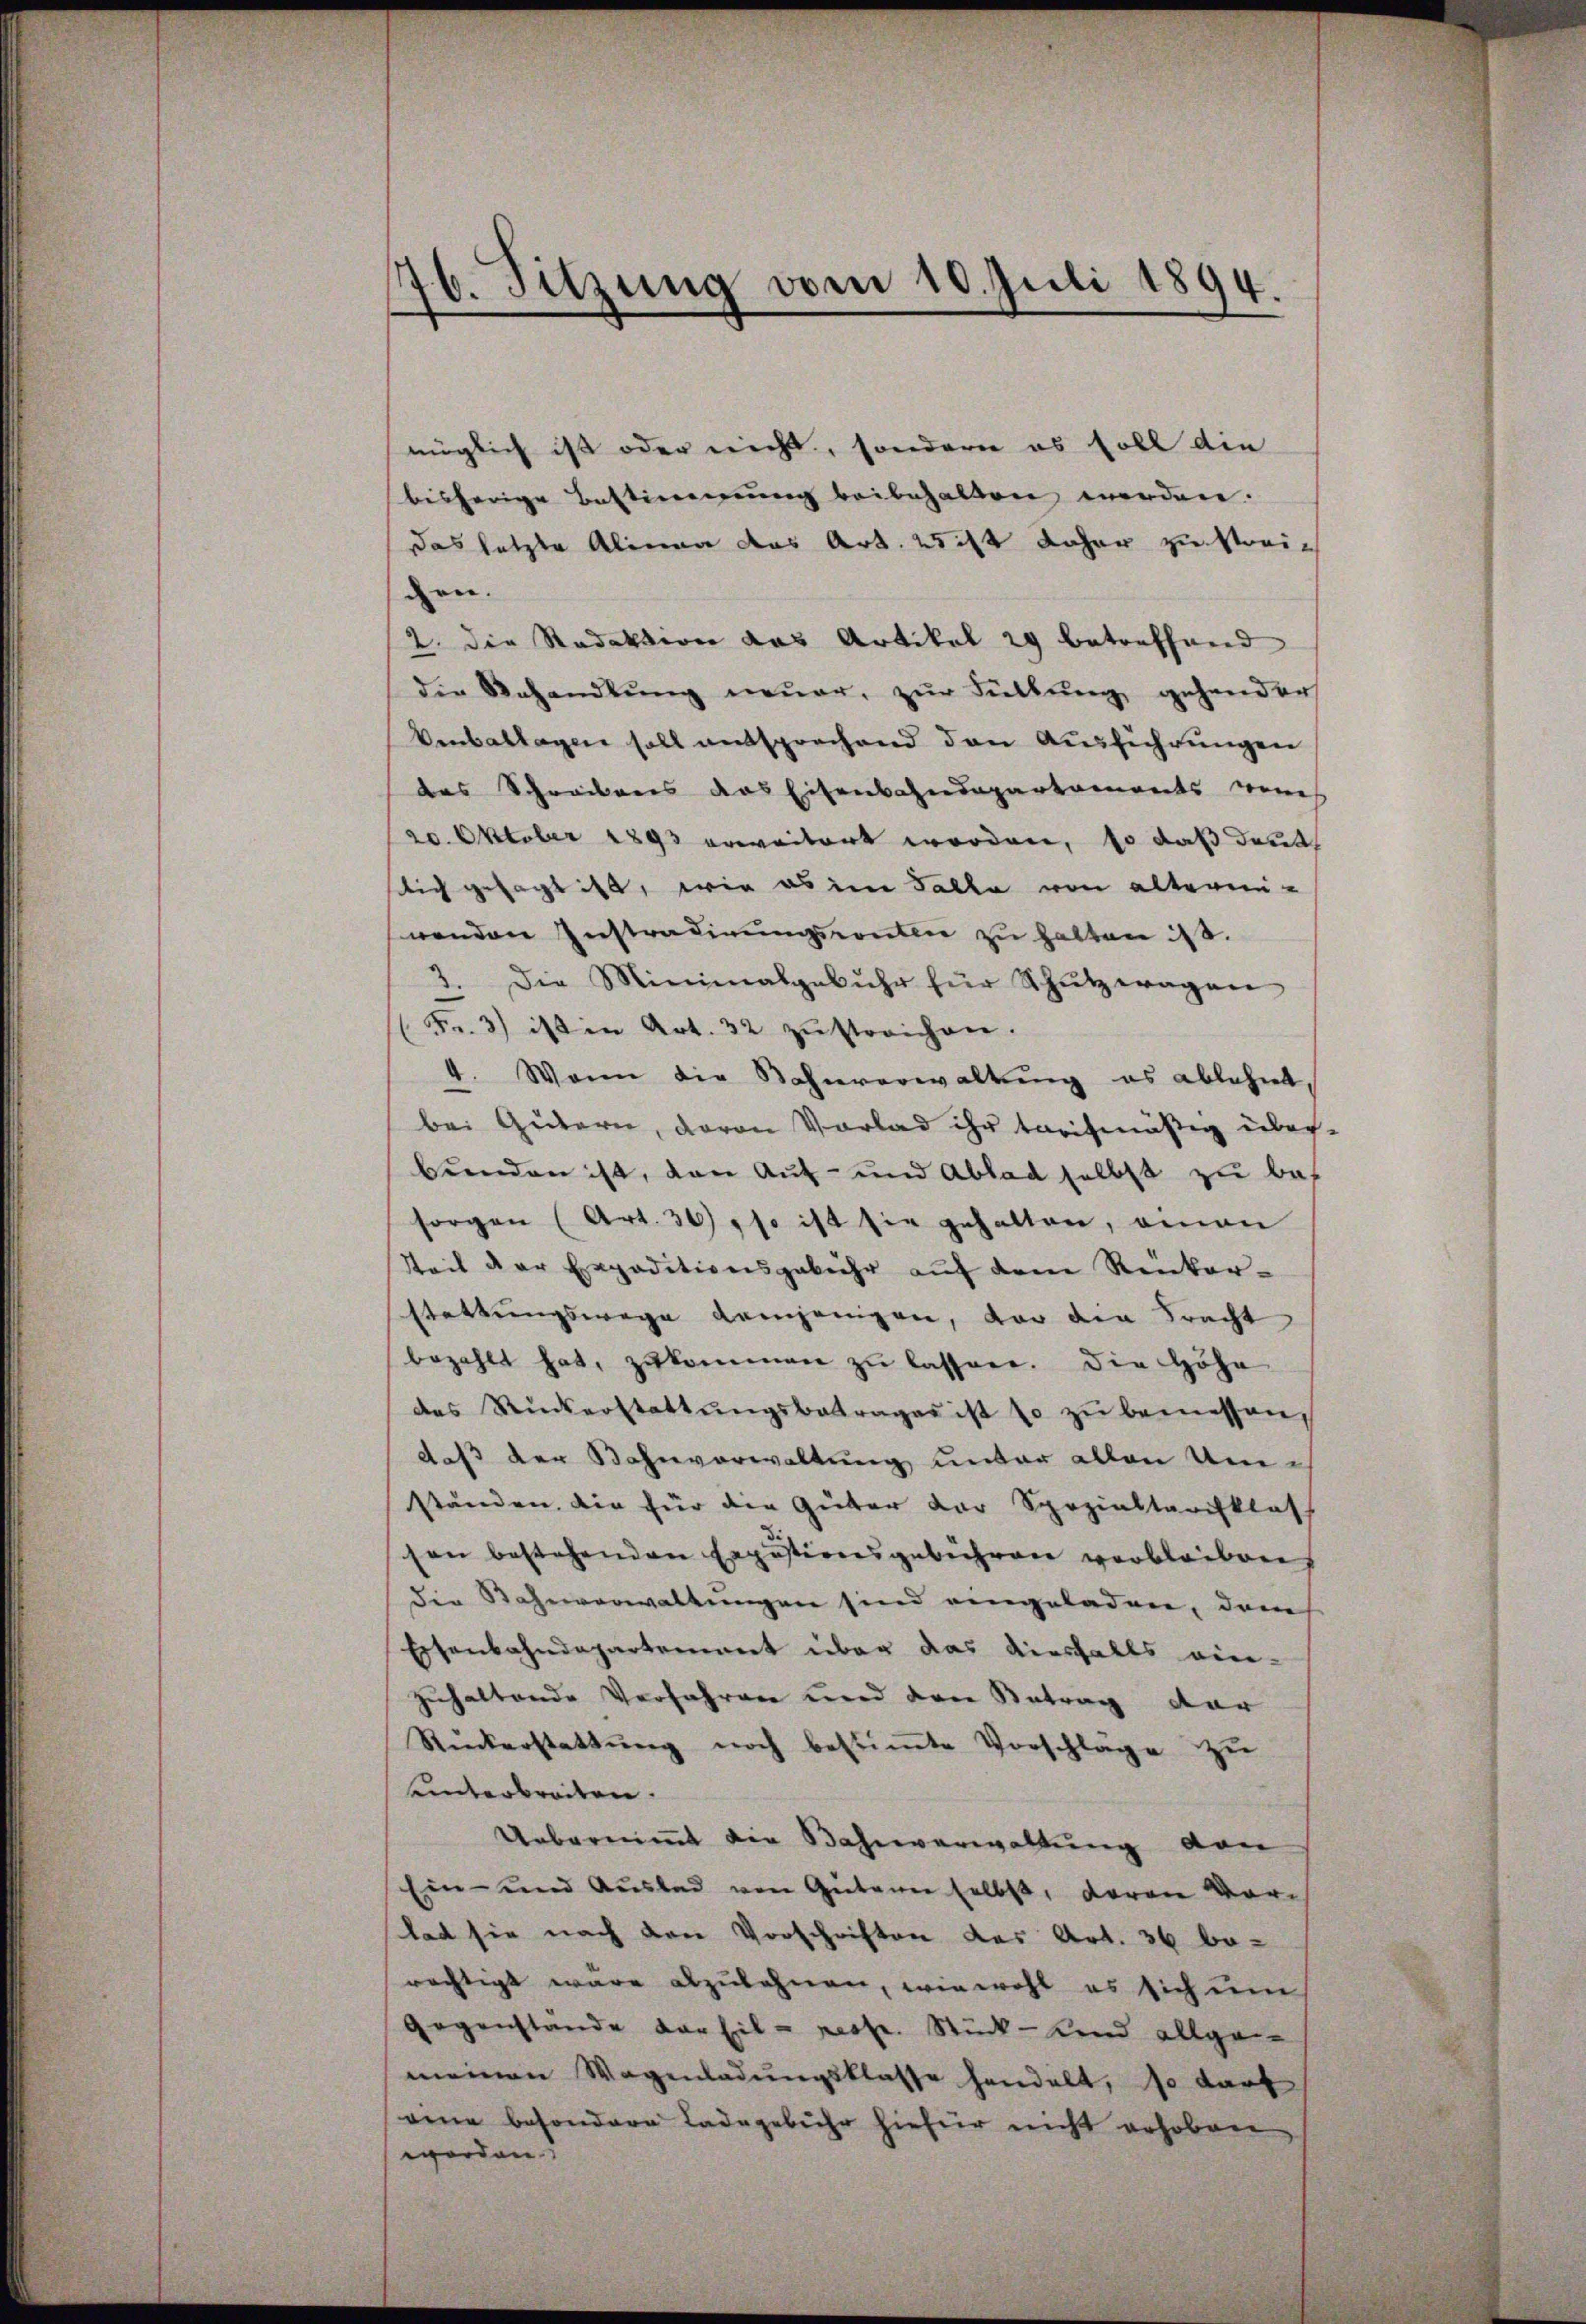
176. Sitzung vom 10. Juli 1894.

müglich ist oder nicht, sondern es soll die
bisherige Bestimmung beibehalten worden.
das letzte Alinea das Art. 2 ist daher zu streigen.
2. die Redaktion das Artikel 29 betreffend
die Behandlŭng neŭer, zŭr Füllŭng gehander
Verbattagen soll entsprechend den Ausführungen
das Schreibens das Eisenbahndepartaments neues
20. Oktober 1893 erweitert worden, so daß deut
lich gesagt ist, wie es im Falle von altern-
wenden Instradirungswelle zu halten ist.
3. Die Minimalgebühr für Schŭtzeragen
(Fr. 3) ist in Art. 32 zŭstreichen.
4. Wann die Bahnverwaltung es ablehnt,
bei Gütern, davon Vorlad ihr tarifmäßig über-
buenden ist, den Auf- und Ablad selbst zu bes
sorgen (Art. 30), so ist sie gehalten, omnen
tteil der Erpaditionsgebühr auf dem Renkorstattŭngswege demjenigen, vor die Fracht
bezahlt hat, zŭkommen zŭ lassen. Die Höhe
des Rückerstattŭngsbetrages ist so zŭ bemessen,
daß der Bahnverwaltung unter allen Umständen. Die für die Güter der Spezialtarisklas
son bestehenden Ergustirensgebühren verbleiben
die Bahnverwaltungen sind eingeladen, dem
Eisenbahndepartement über das diesfalls ein-
zuhaltende Verfahren und den Betrag dar
Ruckerstattŭng noch bestiṁte Vorschläge zŭ
einterbreiten.
Uebernimmt die Bahnverwaltung von
Ein- und Auslad von Gütern selbst, davon Vorlat sie nach den Vorschriften des Art. 36 bo-
rächtigt wäre abzulehnen, wie wohl es sich um
Gegenstande der hil - resse. Stück - kind allge-
meinen Wagenladŭngsklasse handelt, so darf
eine besondere Ladegebühr hiefür nicht erhoben
worden.